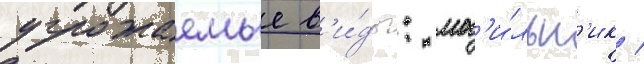
угрожаемые в'и́ды: мог'и́льн'ик /